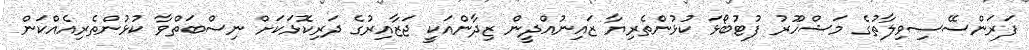
ފަރަންސޭސިވިލާތުގެ މަޝްހޫރު ފުޓުބޯޅަ ކުޅުންތެރިޔާ ޒައިނުއްދީން ޒިދާންއަކީ ޖަޒާއިރުގެ ދަރިކޮޅަކަށް ނިސްބަތްވާ ކުޅުންތެރިއެއްކަން